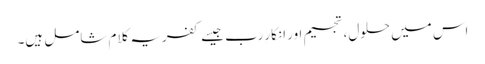
اس میں حلول، تجسیم اور انکارِرب جیسے کفریہ کلام شامل ہیں۔